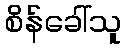
စိန်ခေါ်သူ